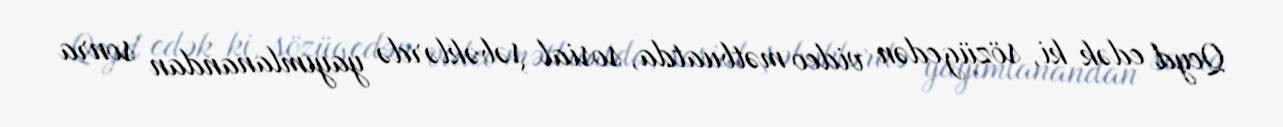
Qeyd edək ki, sözügedən video mətbuatda, sosial şəbəklərdə yayımlanandan sonra